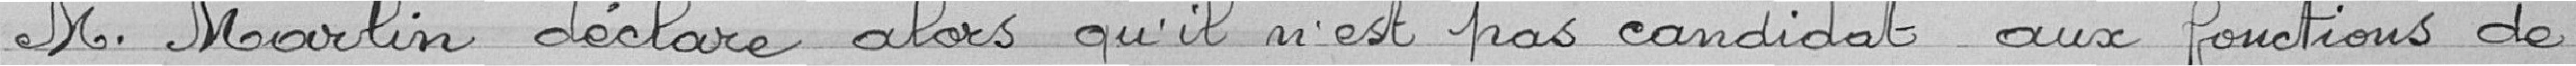
M. Marlin déclare alors qu'il n'est pas candidat aux fonctions de